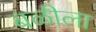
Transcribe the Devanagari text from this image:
बळीला